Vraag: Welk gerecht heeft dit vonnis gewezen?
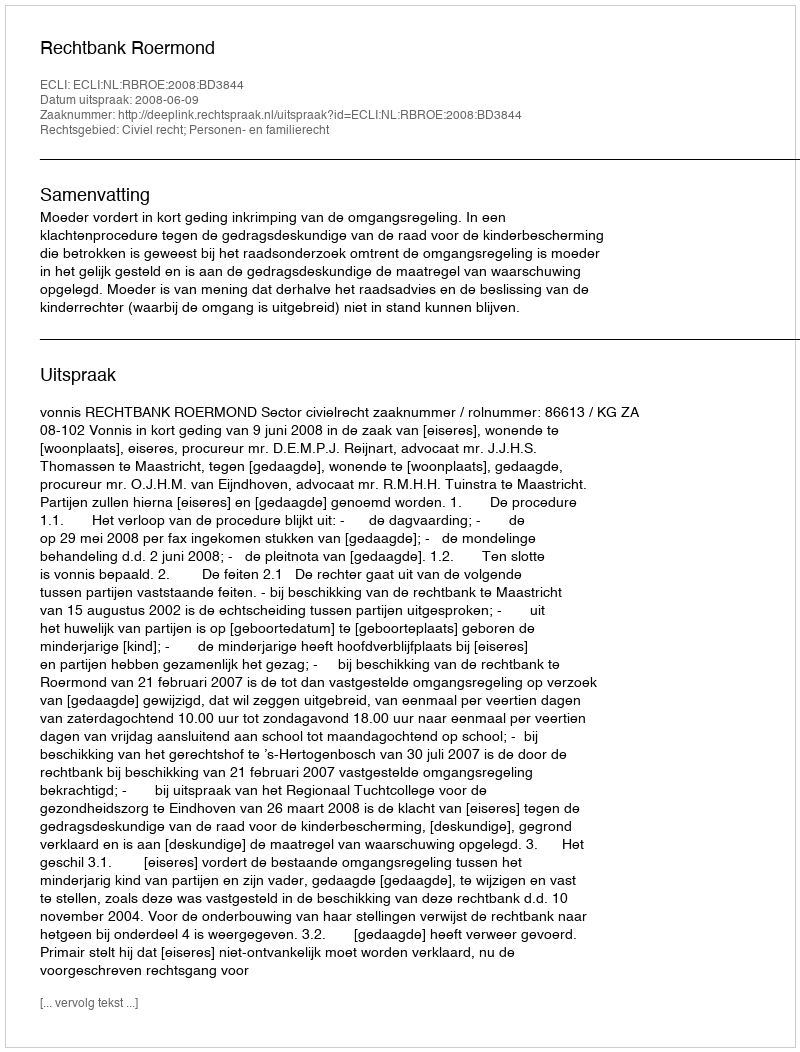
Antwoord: Rechtbank Roermond